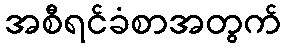
အစီရင်ခံစာအတွက်